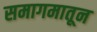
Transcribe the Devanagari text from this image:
समागमातून